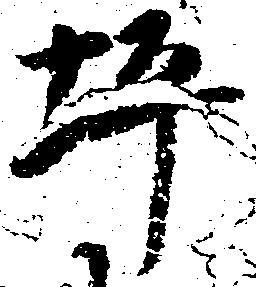
坪